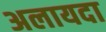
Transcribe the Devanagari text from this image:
अलायदा